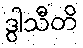
ဒွါသီတိ